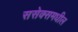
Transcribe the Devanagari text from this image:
ससेक्समधील